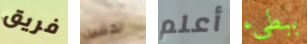
فريق تخشين أعلم ببطىء